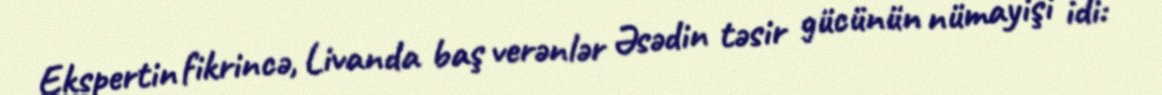
Ekspertin fikrincə, Livanda baş verənlər Əsədin təsir gücünün nümayişi idi: